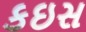
કઇસ